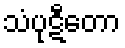
သံပုဋီတော